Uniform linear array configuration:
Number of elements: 12
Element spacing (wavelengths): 1
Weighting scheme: exponential
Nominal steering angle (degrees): -15
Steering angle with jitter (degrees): -16.191
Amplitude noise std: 0.05
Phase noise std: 0.05

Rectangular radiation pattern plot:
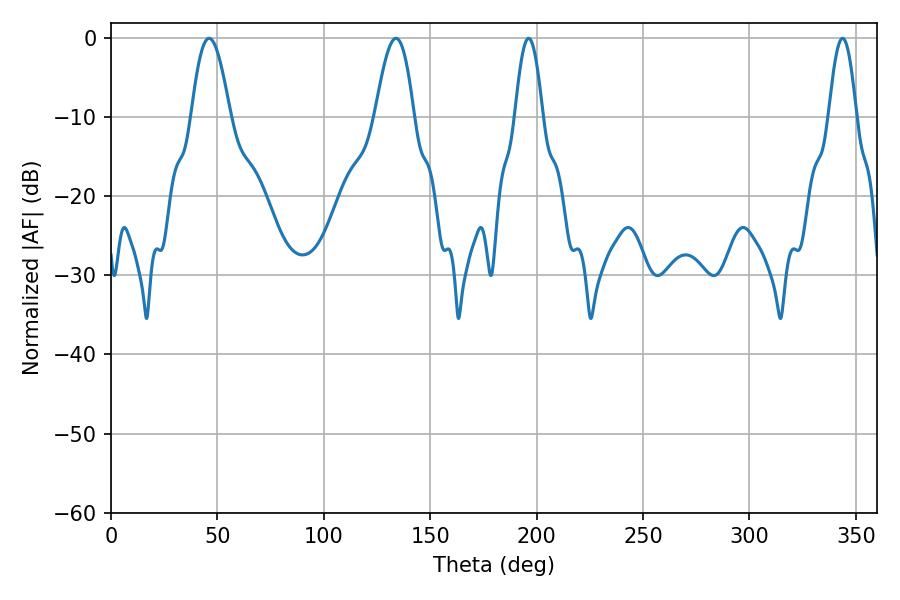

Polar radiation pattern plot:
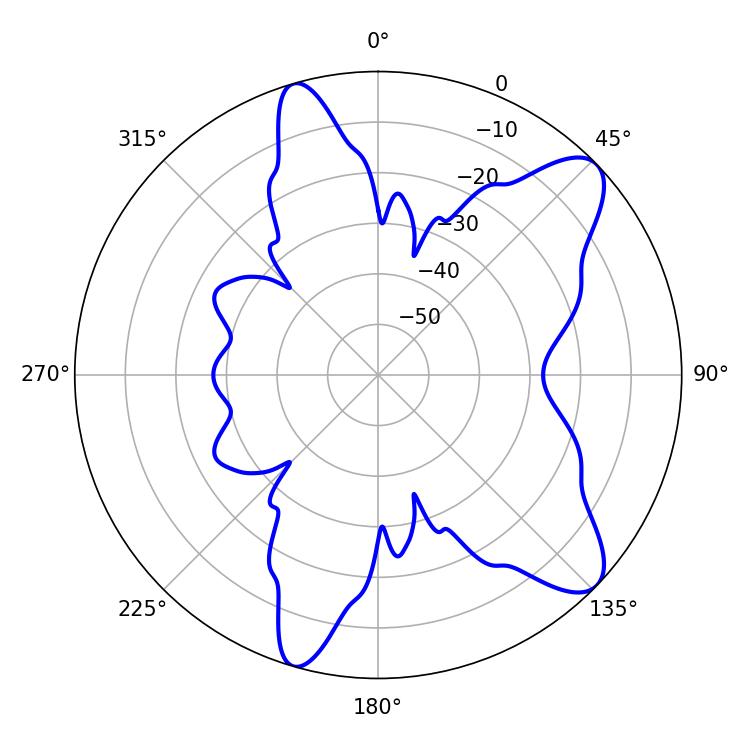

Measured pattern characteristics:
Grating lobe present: TRUE
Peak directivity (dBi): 9.796
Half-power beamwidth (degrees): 9.9
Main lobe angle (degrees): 46.08